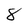
Character: 8